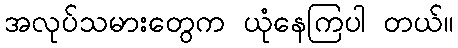
အလုပ်သမားတွေက ယုံနေကြပါ တယ်။